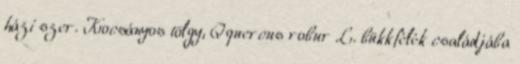
házi szer. Kocsányos tölgy, Qquercus robur L. bükkfélék családjába